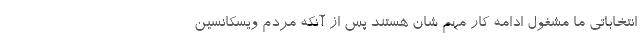
انتخاباتی ما مشغول ادامه کار مهم شان هستند پس از آنکه مردم ویسکانسین